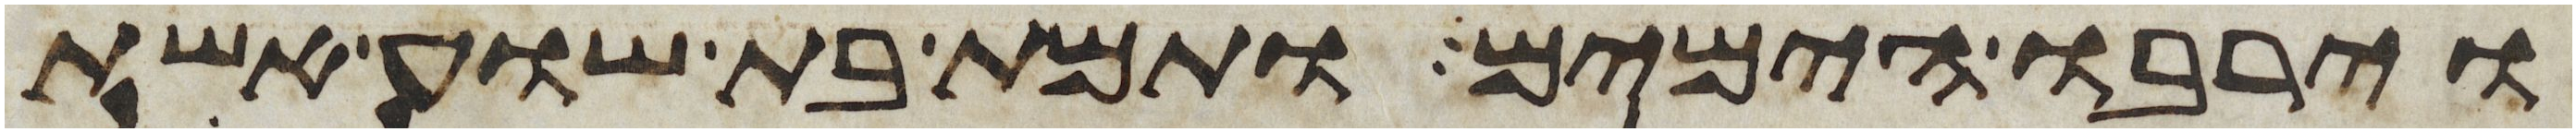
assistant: וירבו הימים ותמת בת שוע אשת